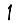
Digit: 1